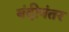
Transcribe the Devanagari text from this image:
बंदीनंतर